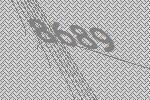
8689